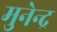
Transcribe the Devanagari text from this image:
मुनेन्द्र